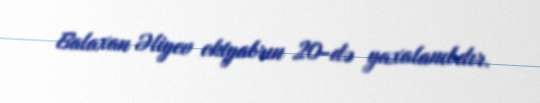
Balaxan Əliyev oktyabrın 20-də yaxalanıbdır.